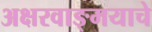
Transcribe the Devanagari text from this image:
अक्षरवाङ्‌मयाचे